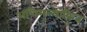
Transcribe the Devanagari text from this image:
अधिमुल्यांकित